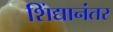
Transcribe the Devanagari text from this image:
शिंद्यानंतर